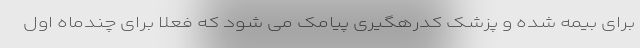
برای بیمه شده و پزشک کدرهگیری پیامک می شود که فعلا برای چندماه اول